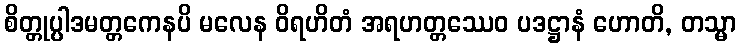
စိတ္တုပ္ပါဒမတ္တကေနပိ မလေန ဝိရဟိတံ အရဟတ္တဿေဝ ပဒဋ္ဌာနံ ဟောတိ, တသ္မာ